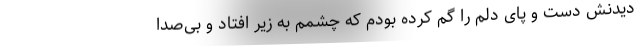
دیدنش دست و پای دلم را گم کرده بودم که چشمم به زیر افتاد و بی‌صدا